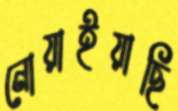
নোয়াইয়াছি